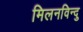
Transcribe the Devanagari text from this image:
मिलनविन्दु